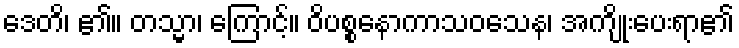
ဒေတိ၊ ၏။ တသ္မာ၊ ကြောင့်။ ဝိပစ္စနောကာသဝသေန၊ အကျိုးပေးရာ၏